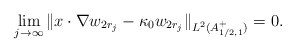
\begin{align*}\lim_{j\rightarrow \infty} \|x\cdot \nabla w_{2 r_{j}}-\kappa _0 w_{2 r_j}\|_{L^2(A_{1/2,1}^+)}=0.\end{align*}